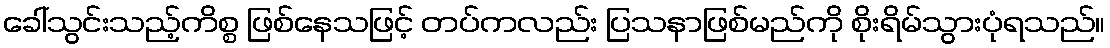
ခေါ်သွင်းသည့်ကိစ္စ ဖြစ်နေသဖြင့် တပ်ကလည်း ပြသနာဖြစ်မည်ကို စိုးရိမ်သွားပုံရသည်။